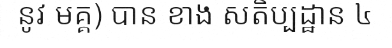
នូវ មគ្គ) បាន ខាង សតិប្បដ្ឋាន ៤